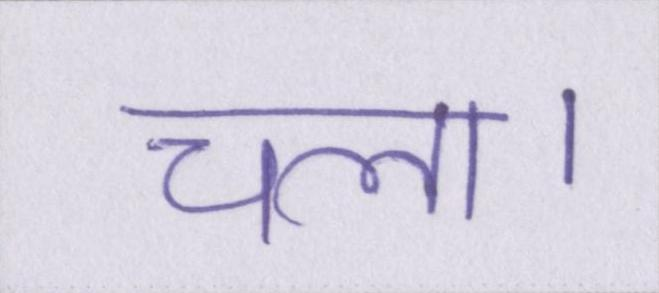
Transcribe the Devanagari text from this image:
चला।